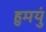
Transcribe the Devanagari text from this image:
हुमयुं